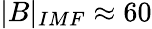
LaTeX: |B|_{IMF}\approx 60